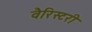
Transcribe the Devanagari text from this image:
वैरिस्टरी